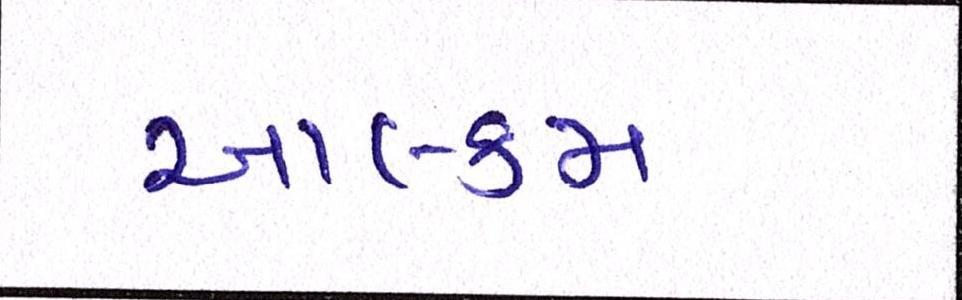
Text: આલ્કમ